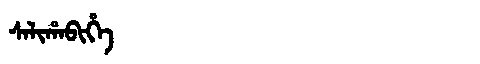
Manchu: ᠰᠠᠯᡳᡥᠠᠪᡳᡥᡝ
Romanization: SALIHABIHE